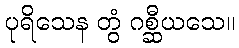
ပုရိသေန တွံ ဂစ္ဆီယသေ။